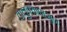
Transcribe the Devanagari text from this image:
तालुक्यापासुन